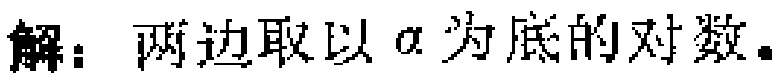
解：两边取以\(a\)为底的对数。